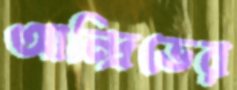
আন্দ্রিভের